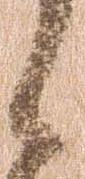
々